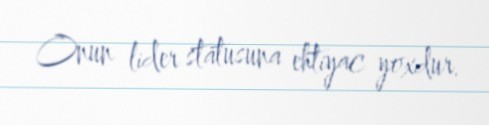
Onun lider statusuna ehtiyac yoxdur.